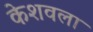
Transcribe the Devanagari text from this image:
केशवला